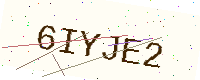
Text: 6IYJE2